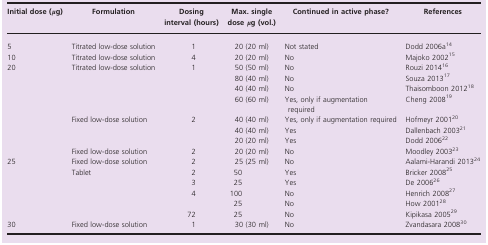
<table><thead><tr><td><b>Initial dose (<i>μ</i>g)</b></td><td><b>Formulation</b></td><td><b>Dosing interval (hours)</b></td><td><b>Max. single dose <i>μ</i>g (vol.)</b></td><td><b>Continued in active phase?</b></td><td><b>References</b></td></tr></thead><tbody><tr><td>5</td><td>Titrated low‐dose solution</td><td>1</td><td>20 (20 ml)</td><td>Not stated</td><td>Dodd 2006a14</td></tr><tr><td>10</td><td>Titrated low‐dose solution</td><td>4</td><td>20 (20 ml)</td><td>No</td><td>Majoko 200215</td></tr><tr><td rowspan="8">20</td><td rowspan="4">Titrated low‐dose solution</td><td rowspan="4">1</td><td>50 (50 ml)</td><td>No</td><td>Rouzi 201416</td></tr><tr><td>80 (40 ml)</td><td>No</td><td>Souza 201317</td></tr><tr><td>40 (40 ml)</td><td>No</td><td>Thaisomboon 201218</td></tr><tr><td>60 (60 ml)</td><td>Yes, only if augmentation required</td><td>Cheng 200819</td></tr><tr><td rowspan="3">Fixed low‐dose solution</td><td rowspan="3">2</td><td>40 (40 ml)</td><td>Yes, only if augmentation required</td><td>Hofmeyr 200120</td></tr><tr><td>40 (40 ml)</td><td>Yes</td><td>Dallenbach 200321</td></tr><tr><td>20 (20 ml)</td><td>Yes</td><td>Dodd 200622</td></tr><tr><td>Fixed low‐dose solution</td><td>2</td><td>20 (20 ml)</td><td>No</td><td>Moodley 200323</td></tr><tr><td rowspan="6">25</td><td>Fixed low‐dose solution</td><td>2</td><td>25 (25 ml)</td><td>No</td><td>Aalami‐Harandi 201324</td></tr><tr><td rowspan="5">Tablet</td><td>2</td><td>50</td><td>Yes</td><td>Bricker 200825</td></tr><tr><td>3</td><td>25</td><td>Yes</td><td>De 200626</td></tr><tr><td>4</td><td>100</td><td>No</td><td>Henrich 200827</td></tr><tr><td></td><td>25</td><td>No</td><td>How 200128</td></tr><tr><td>72</td><td>25</td><td>No</td><td>Kipikasa 200529</td></tr><tr><td>30</td><td>Fixed low‐dose solution</td><td>1</td><td>30 (30 ml)</td><td>No</td><td>Zvandasara 200830</td></tr></tbody></table>